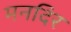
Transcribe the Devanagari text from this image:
मनदिर